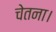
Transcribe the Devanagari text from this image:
चेतना।